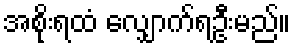
အစိုးရထံ လျှောက်ရဦးမည်။